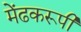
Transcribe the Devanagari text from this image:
मेंढकरूपी